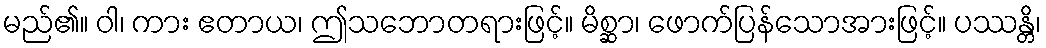
မည်၏။ ဝါ၊ ကား ဧတာယ၊ ဤသဘောတရားဖြင့်။ မိစ္ဆာ၊ ဖောက်ပြန်သောအားဖြင့်။ ပဿန္တိ၊